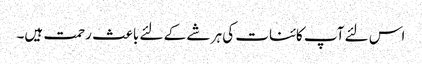
اس لئے آپ کائنات کی ہر شے کے لئے باعث رحمت ہیں۔